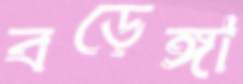
বড়েঙ্গা